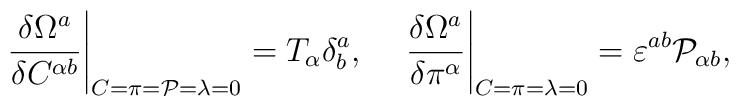
\left.\frac{\delta\Omega^a}{\delta C^{\alpha b}}\right|_{C=\pi={\cal P}   =\lambda=0}=T_\alpha\delta^a_b,\;\;\;\;   \left.\frac{\delta\Omega^a}{\delta\pi^\alpha}\right|_{C=\pi=\lambda=0}=   \varepsilon^{ab}{\cal P}_{\alpha b},